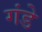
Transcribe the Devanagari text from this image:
गंडे